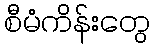
စီမံကိန်းတွေ